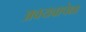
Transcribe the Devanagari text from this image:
अवयवापेक्षा